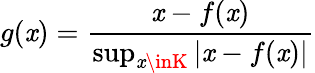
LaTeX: g(\mathit{x})={\frac{{\mathit{x}-f(\mathit{x})}}{{\operatorname*{sup}_{\mathit{x}\inK}\left|\mathit{x}-f(\mathit{x})\right|}}}